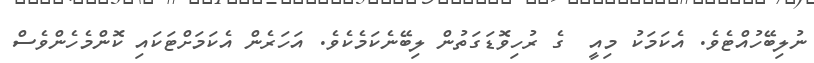
ނުލިބޭހުއްޓެވެ. އެކަމަކު މިއީ  ގެ ރުހިވޮޑަގަތުން ލިބޭނެކަމެކެވެ. އަހަރެން އެކަމަށްޓަކައި ކޮންމެހެންވެސް